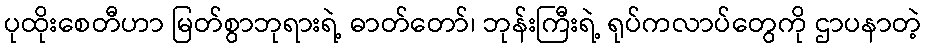
ပုထိုးစေတီဟာ မြတ်စွာဘုရားရဲ့ ဓာတ်တော်၊ ဘုန်းကြီးရဲ့ ရုပ်ကလာပ်တွေကို ဌာပနာတဲ့